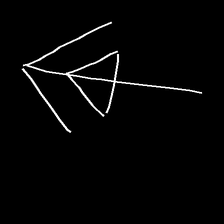
Glyph: pull